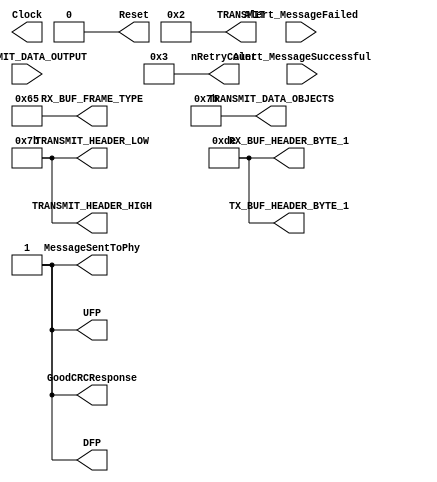
module ProbadorTX(
Clock,
Reset,
TRANSMIT,
TRANSMIT_HEADER_LOW,
TRANSMIT_HEADER_HIGH,
TRANSMIT_DATA_OBJECTS,
MessageSentToPhy,
GoodCRCResponse,
nRetryCount,
TX_BUF_HEADER_BYTE_1,
RX_BUF_HEADER_BYTE_1,
RX_BUF_FRAME_TYPE,
DFP,
UFP,
Alert_MessageSuccessful,
Alert_MessageFailed,
TRANSMIT_DATA_OUTPUT
);


//---------ENTRADAS-------------
output reg Clock;
output reg Reset;
output reg[15:0] TRANSMIT;
output reg[7:0] TRANSMIT_HEADER_LOW;
output reg[7:0] TRANSMIT_HEADER_HIGH;
output reg[223:0] TRANSMIT_DATA_OBJECTS;
output reg MessageSentToPhy;
output reg GoodCRCResponse;
output reg[7:0] nRetryCount;
output reg[7:0] TX_BUF_HEADER_BYTE_1;
output reg[7:0] RX_BUF_HEADER_BYTE_1;
output reg[7:0] RX_BUF_FRAME_TYPE;
output reg DFP, UFP;

//---------SALIDAS-------------
input Alert_MessageSuccessful;
input Alert_MessageFailed;
input [239:0] TRANSMIT_DATA_OUTPUT;

initial 
begin
	Clock = 0;
	Reset = 1;
	TRANSMIT = 10;
	TRANSMIT_HEADER_LOW = 123;
	TRANSMIT_HEADER_HIGH = 123;
	TRANSMIT_DATA_OBJECTS = 123;
	MessageSentToPhy = 1;
	GoodCRCResponse = 1;
	nRetryCount = 3;
	TX_BUF_HEADER_BYTE_1 = 222;
	RX_BUF_HEADER_BYTE_1 = 222;
	RX_BUF_FRAME_TYPE = 101;
	DFP = 1;
	UFP = 1;
	
	#10 Reset = 0;
	#50 TRANSMIT = 2;
end

always #5 Clock=~Clock;

endmodule